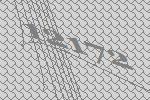
12172